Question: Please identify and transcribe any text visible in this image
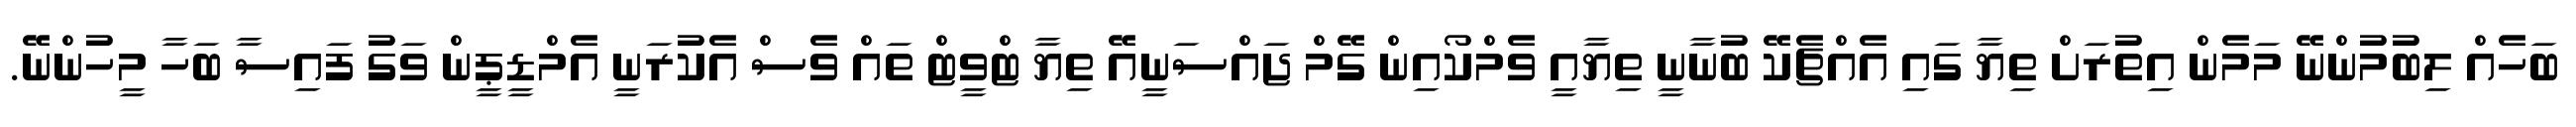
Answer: ބަހެއް ލިބުމުންނޭ މަމެން އިތުރަށް ތިޔާ ގައި އެއްޗެކޭ ބުނާނީ ތިޔާއީ ވެމްކޯއިން ގޭމް ޖައްސަނީއޭ ތިޔާ ޓްވީޓް ތައް ވެސް އެކުރަނީ އެމްޑީޕީން ވަގު ފައިސާ ބަހާ މީހުންނޭ.